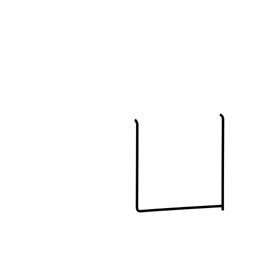
Meaning: open box radical (no. 17)